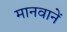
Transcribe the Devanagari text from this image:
मानवानें